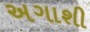
અગાશી